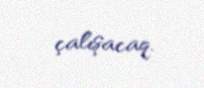
çalışacaq.